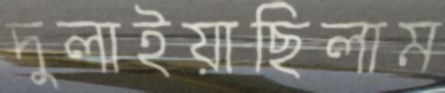
দুলাইয়াছিলাম